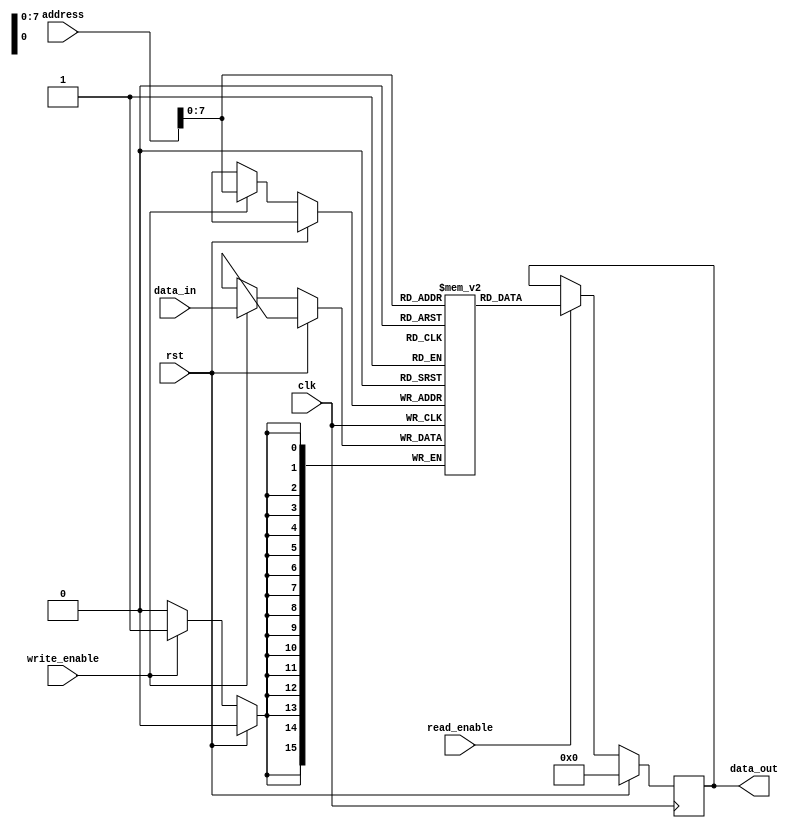
module memory_blocks_lpddr_ram (
    input [DATA_WIDTH-1:0] data_in,
    output reg [DATA_WIDTH-1:0] data_out,
    input [ADDR_WIDTH-1:0] address,
    input read_enable,
    input write_enable,
    input clk,
    input rst
);

parameter DATA_WIDTH = 16; // number of bits per word
parameter ADDR_WIDTH = 10; // number of bits for address
parameter WORDS_PER_BLOCK = 256; // number of words per block

reg [DATA_WIDTH-1:0] memory [0:WORDS_PER_BLOCK-1];

always @(posedge clk) begin
    if (rst) begin
        data_out <= 0;
    end else begin
        if (read_enable) begin
            data_out <= memory[address];
        end
        if (write_enable) begin
            memory[address] <= data_in;
        end
    end
end

endmodule